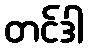
တင်ဒါ